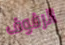
الرفوف